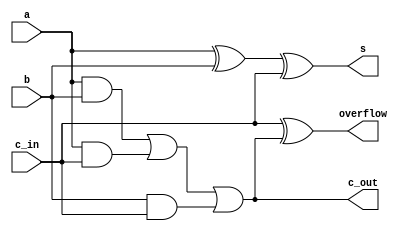
`timescale 1 ns / 1 ns

module one_bit_fa (a,b,c_in,s,c_out,overflow);
    input a,b,c_in;
    output s,c_out,overflow;

    wire w1,w2,w3;

    //sum
    xor #1 g1(s,a,b,c_in);

    //c_out
    and #1 g2(w1,a,b);
    and #1 g3(w2,a,c_in);
    and #1 g4(w3,b,c_in);
    or #1 g5(c_out,w1,w2,w3);

    //overflow
    xor #1 g6(overflow,c_in,c_out);

endmodule //one_bit_fa

module n_bit_twos_complement_rca
    #(parameter integer WIDTH = 5)
    (a,b,c_in_initial,s,c_out_final,overflow_final);

    input [WIDTH-1:0] a,b;
    input c_in_initial;
    output [WIDTH-1:0] s;
    output c_out_final,overflow_final;

    wire [WIDTH-1:0] c_in,c_out,overflow;

    //Instantiate WIDTH number of one bit full adders
    one_bit_fa M[WIDTH-1:0] (.a(a), .b(b), .c_in(c_in), .c_out(c_out), .s(s), .overflow(overflow));

    //Attaches initial c_in input to first module c_in
    assign c_in[0] = c_in_initial;

    //Attaches final c_out output to final c_out module
    assign c_out_final = c_out[WIDTH-1];

    //Avoids index out of range issue
    if (WIDTH > 1) begin
        //Attaches each modules c_out to the next modules c_in
        assign c_in[WIDTH-1:1] = c_out[WIDTH-2:0];
    end

    //Attaches the last modules overflow output to the overflow_final output
    assign overflow_final = overflow[WIDTH-1];

endmodule //n_bit_twos_complement_rca

`ifdef tb

module n_bit_twos_complement_rca_tb;
    parameter integer WIDTH = 6;    //This changes the number of full adders
    reg [WIDTH-1:0] a,b;
    reg c_in;
    wire c_out,overflow;
    wire [WIDTH-1:0] sum;

    //Instantiates a WIDTH bit ripple carry adder
    n_bit_twos_complement_rca #(.WIDTH(WIDTH)) RCA1(.a(a), .b(b), .c_in_initial(c_in), .c_out_final(c_out), .s(sum), .overflow_final(overflow)); 

    //for loop variables
    integer i;
    integer j;

    initial
        begin
            $dumpfile("n_bit_twos_complement_rca_tb.vcd");
            $dumpvars;

            c_in = 0;   // Initialize c_in
            repeat(2) begin     //2 loops for c_in = 0 and c_in = 1
                for (i = 0;i<(2**(WIDTH));i = i+1) begin    //Increments a
                    a = i;
                    for (j = 0;j<(2**(WIDTH)) ;j = j+1 ) begin  //Increments b
                        b = j;
                        #(2*WIDTH + 1);     //Wait time for rca with overflow check is 2n + 1
                        if (a+b+c_in !== sum) begin     //checks if output is correct
                            $display("Incorrect sum!");
                            $finish;
                        end
                    end
                end
                c_in = 1;   //Increment c_in
            end
            $display("All input combinations successfully verified");
            $finish;
        end
endmodule //n_bit_twos_complement_rca_tb
`endif //`ifdef tb